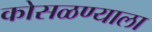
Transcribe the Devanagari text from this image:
कोसळण्याला